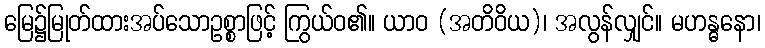
မြေ၌မြုတ်ထားအပ်သောဥစ္စာဖြင့် ကြွယ်ဝ၏။ ယာဝ (အတိဝိယ)၊ အလွန်လျှင်။ မဟန္ဓနော၊